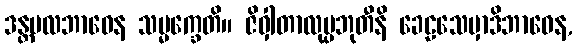
ဒန္တမလဘာဝေန သမ္မက္ခေတိ။ ဇိဝှါတာလုပ္ပဘုတီနိ ခေဠသေမှာဒိဘာဝေန,